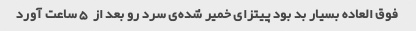
فوق العاده بسیار بد بود پیتزای خمیر شده‌ی سرد رو بعد از  ٥ ساعت آورد